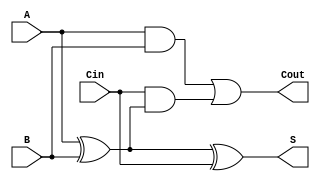
module async_full_adder (
    input wire A,    // First binary input
    input wire B,    // Second binary input
    input wire Cin,  // Carry-in input
    output wire S,   // Sum output
    output wire Cout  // Carry-out output
);

// Internal signals for intermediate calculations
wire A_B_xor;  // A XOR B
wire A_and_B;  // A AND B
wire Cin_and_A_B_xor; // Cin AND (A XOR B)

// Calculate intermediate values
assign A_B_xor = A ^ B;                // A XOR B
assign A_and_B = A & B;                // A AND B
assign Cin_and_A_B_xor = Cin & A_B_xor; // Cin AND (A XOR B)

// Calculate outputs
assign S = A_B_xor ^ Cin;              // Sum output
assign Cout = A_and_B | Cin_and_A_B_xor; // Carry-out output

endmodule